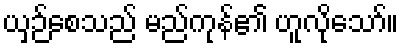
ယှဉ်စေသည် မည်ကုန်၏ ဟူလိုသော်။